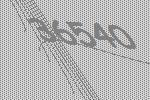
36540